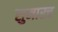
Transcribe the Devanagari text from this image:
सुमारच